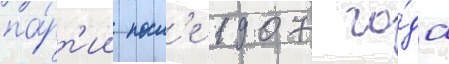
па́рт'ии посл'е 1907 го́да